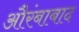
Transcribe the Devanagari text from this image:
औरंबाबाद